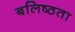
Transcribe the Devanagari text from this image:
बलिष्ठता